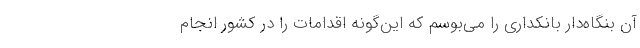
آن بنگاه‌دار بانکداری را می‌بوسم که این‌گونه اقدامات را در کشور انجام